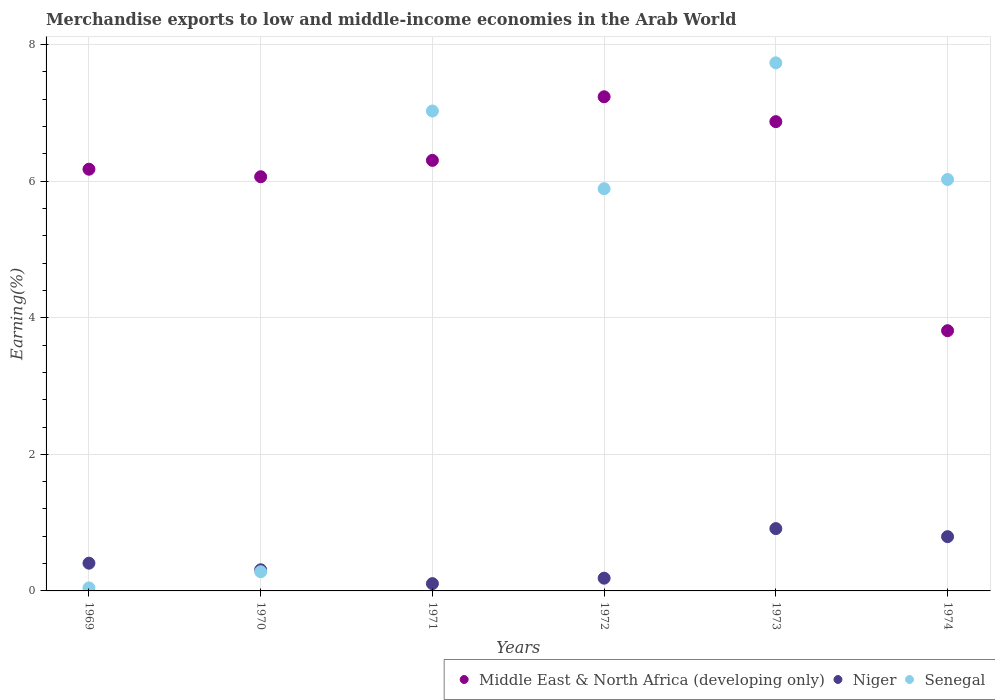
| Years | Middle East & North Africa (developing only) | Niger | Senegal |
 | --- | --- | --- | --- |
 | 1969 | 6.18 | 0.406 | 0.0441 |
 | 1970 | 6.06 | 0.31 | 0.281 |
 | 1971 | 6.3 | 0.107 | 7.03 |
 | 1972 | 7.24 | 0.186 | 5.89 |
 | 1973 | 6.87 | 0.913 | 7.73 |
 | 1974 | 3.81 | 0.795 | 6.02 |